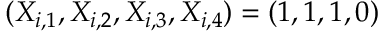
( X _ { i , 1 } , X _ { i , 2 } , X _ { i , 3 } , X _ { i , 4 } ) = ( 1 , 1 , 1 , 0 )